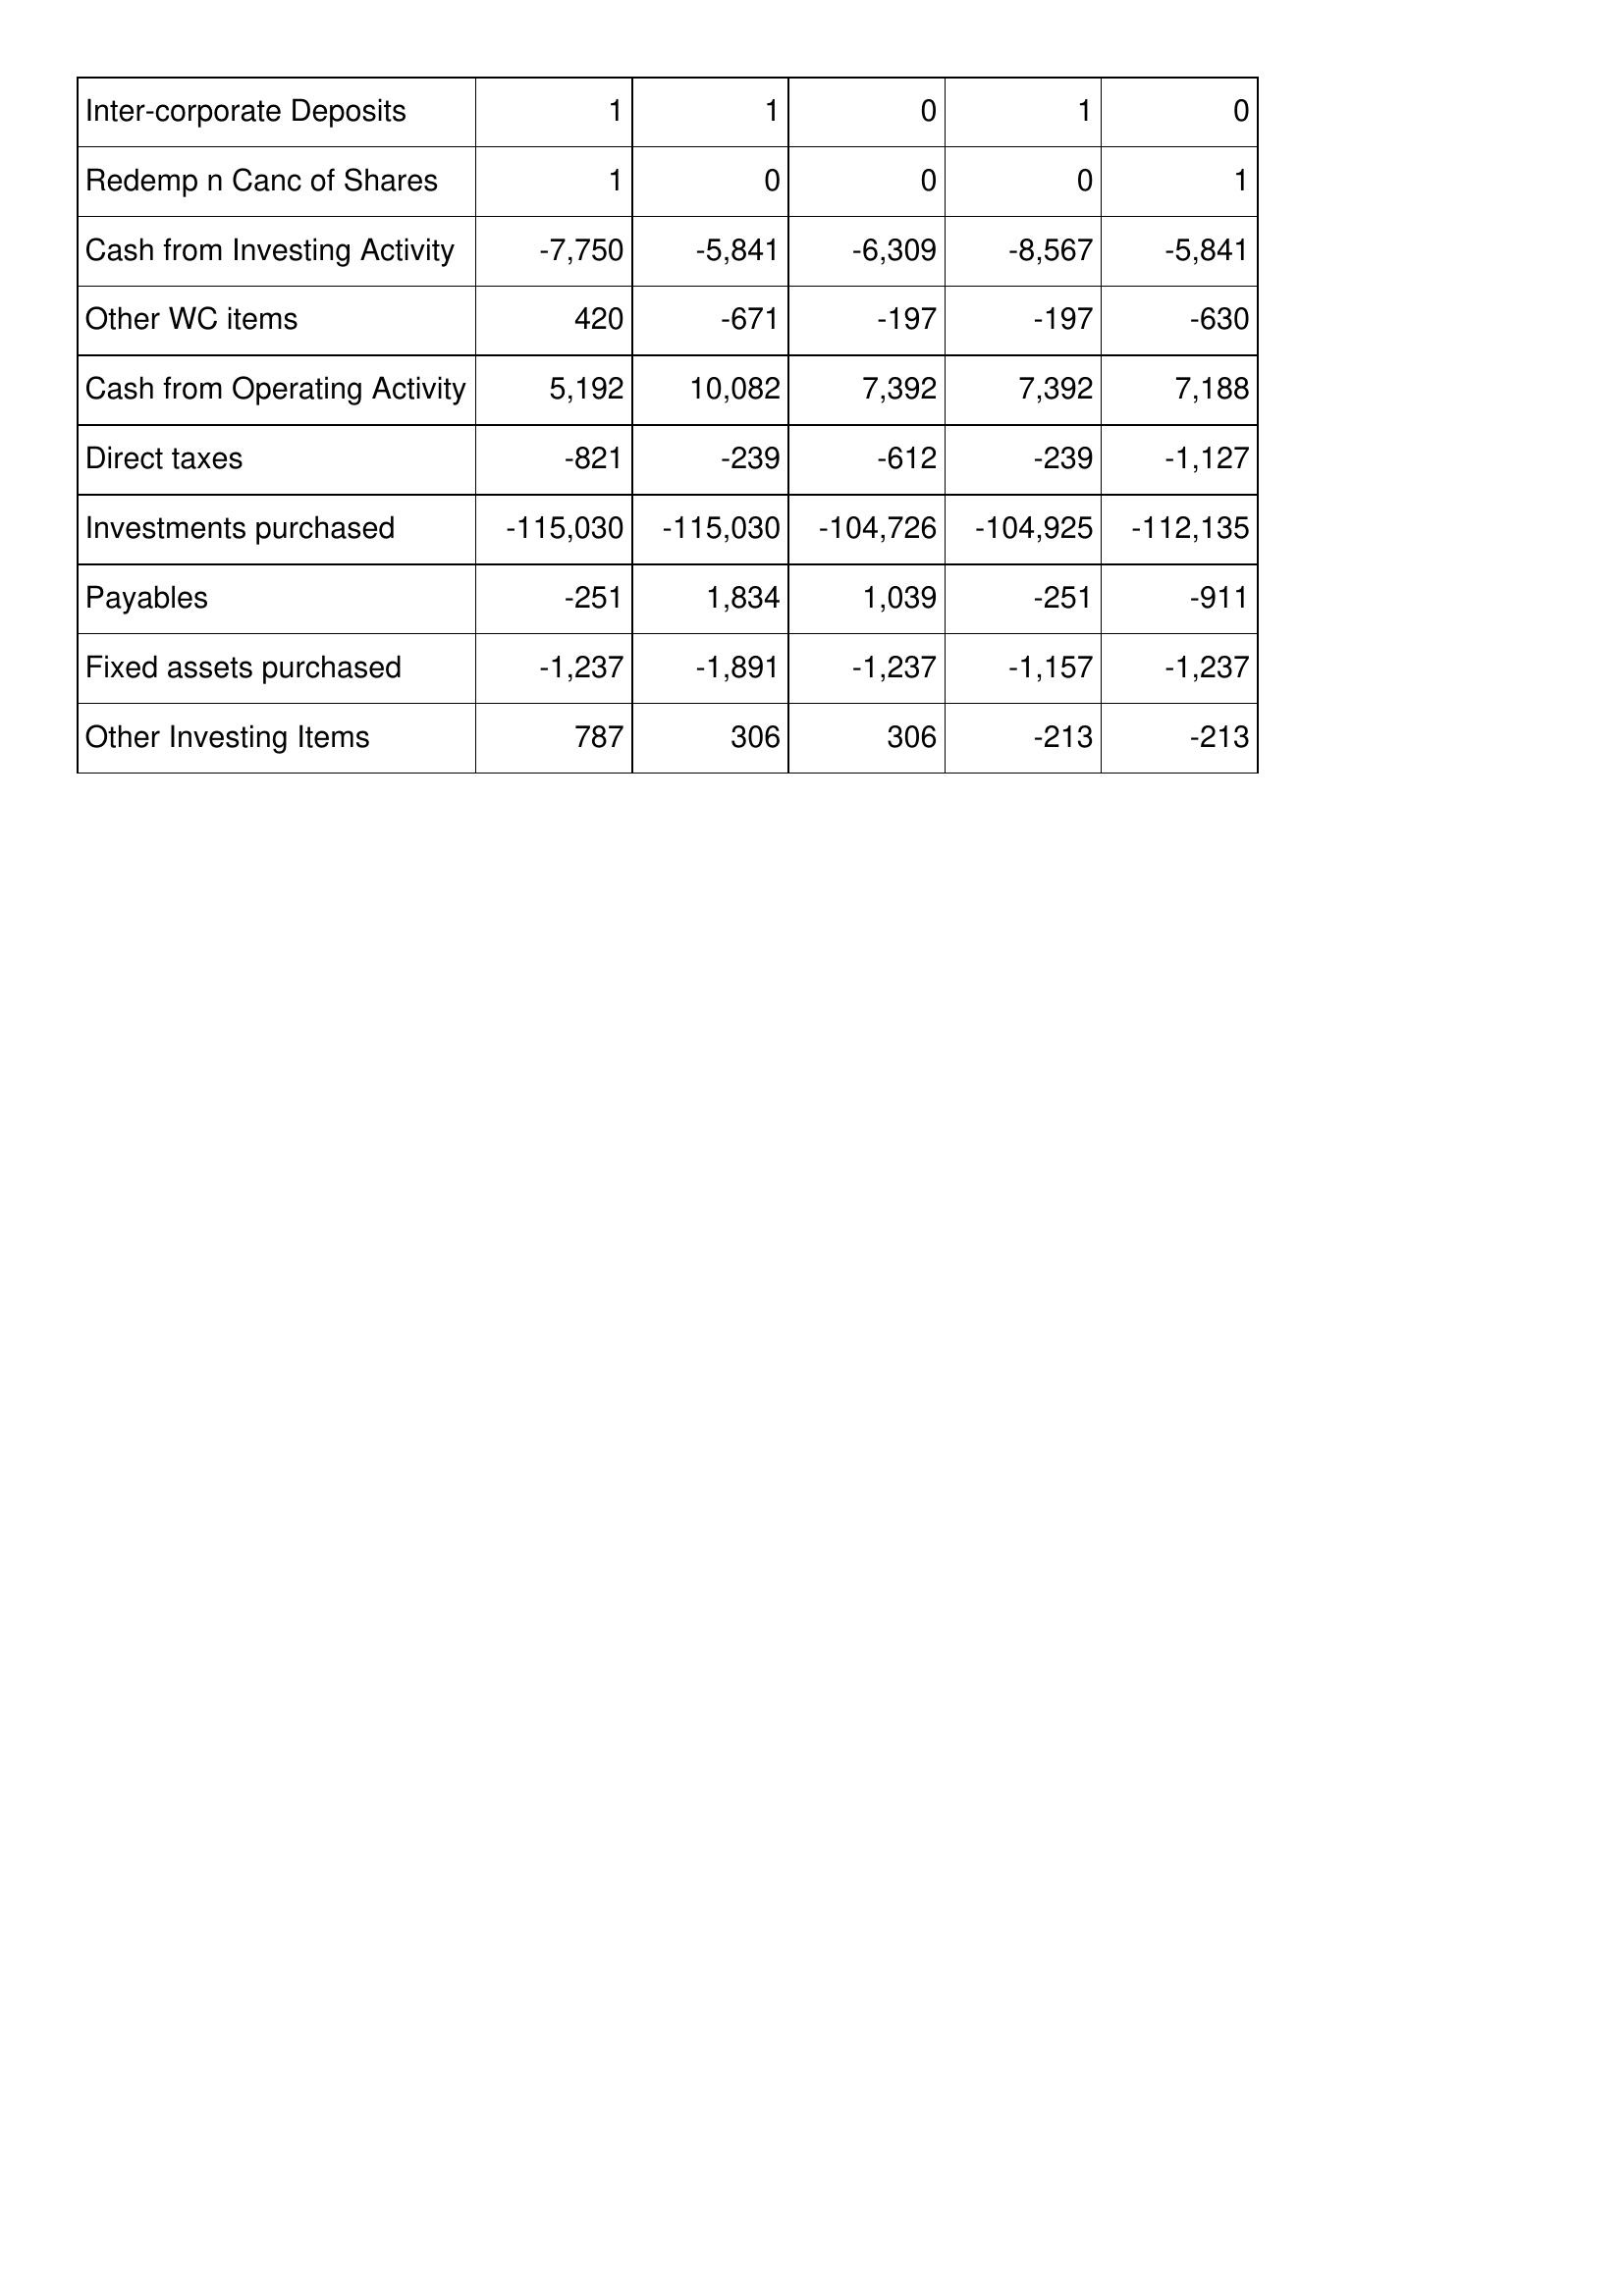
Oct-11: Cash Flows: Inter-corporate Deposits: 1
Redemp n Canc of Shares: 1
Cash from Investing Activity: -7,750
Other WC items: 420
Cash from Operating Activity: 5,192
Direct taxes: -821
Investments purchased: -115,030
Payables: -251
Fixed assets purchased: -1,237
Other Investing Items: 787
Oct-10: Cash Flows: Inter-corporate Deposits: 1
Redemp n Canc of Shares: 0
Cash from Investing Activity: -5,841
Other WC items: -671
Cash from Operating Activity: 10,082
Direct taxes: -239
Investments purchased: -115,030
Payables: 1,834
Fixed assets purchased: -1,891
Other Investing Items: 306
Oct-09: Cash Flows: Inter-corporate Deposits: 0
Redemp n Canc of Shares: 0
Cash from Investing Activity: -6,309
Other WC items: -197
Cash from Operating Activity: 7,392
Direct taxes: -612
Investments purchased: -104,726
Payables: 1,039
Fixed assets purchased: -1,237
Other Investing Items: 306
Oct-08: Cash Flows: Inter-corporate Deposits: 1
Redemp n Canc of Shares: 0
Cash from Investing Activity: -8,567
Other WC items: -197
Cash from Operating Activity: 7,392
Direct taxes: -239
Investments purchased: -104,925
Payables: -251
Fixed assets purchased: -1,157
Other Investing Items: -213
Oct-07: Cash Flows: Inter-corporate Deposits: 0
Redemp n Canc of Shares: 1
Cash from Investing Activity: -5,841
Other WC items: -630
Cash from Operating Activity: 7,188
Direct taxes: -1,127
Investments purchased: -112,135
Payables: -911
Fixed assets purchased: -1,237
Other Investing Items: -213